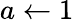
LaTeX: a\gets 1